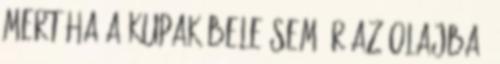
mert ha a kupak bele sem ér az olajba,